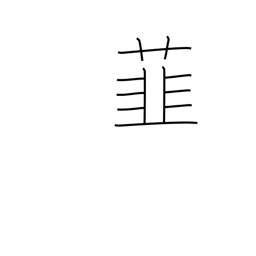
Meaning: leek